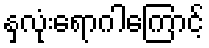
နှလုံးရောဂါကြောင့်